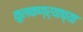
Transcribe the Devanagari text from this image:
कुलकण्र्याच्या